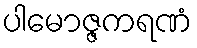
ပါမောဇ္ဇကရဏံ